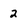
Character: 2